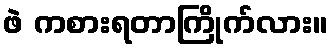
ဖဲ ကစားရတာကြိုက်လား။